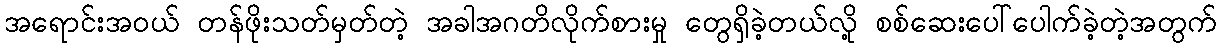
အရောင်းအဝယ် တန်ဖိုးသတ်မှတ်တဲ့ အခါအဂတိလိုက်စားမှု တွေရှိခဲ့တယ်လို့ စစ်ဆေးပေါ်ပေါက်ခဲ့တဲ့အတွက်